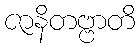
ဇာနိတဗ္ဗာတိ